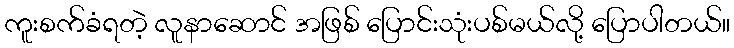
ကူးစက်ခံရတဲ့ လူနာဆောင် အဖြစ် ပြောင်းသုံးပစ်မယ်လို့ ပြောပါတယ်။